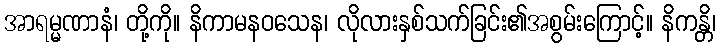
အာရမ္မဏာနံ၊ တို့ကို။ နိကာမနဝသေန၊ လိုလားနှစ်သက်ခြင်း၏အစွမ်းကြောင့်။ နိကန္တိ၊